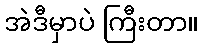
အဲဒီမှာပဲ ကြီးတာ။